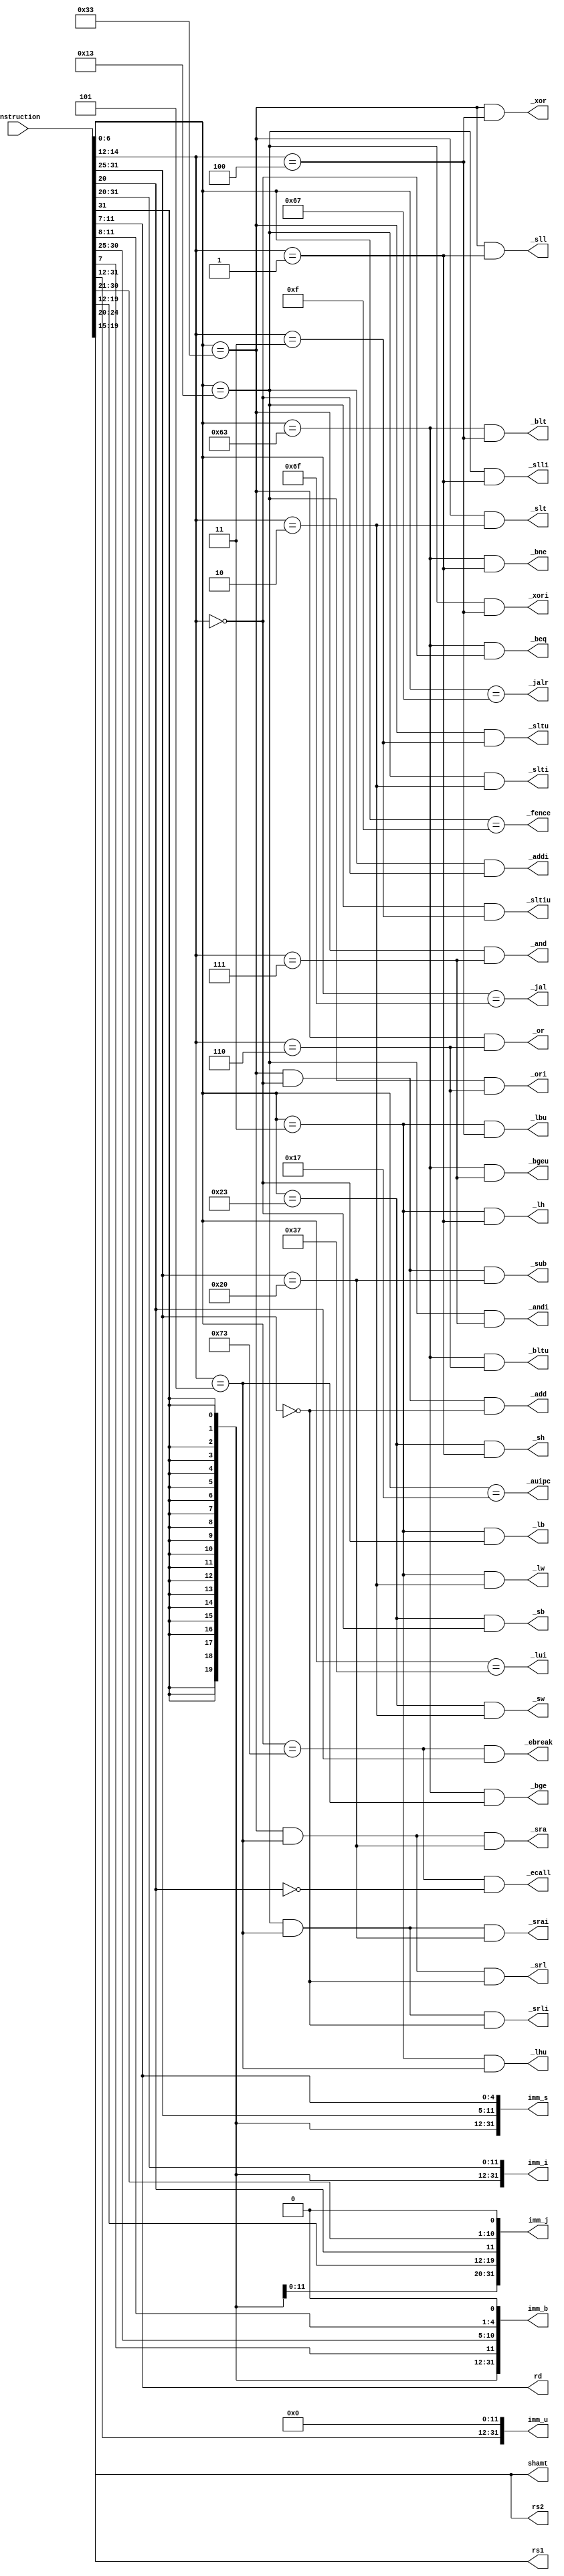
`ifndef __INSTRUCTIONDECODE__
`define __INSTRUCTIONDECODE__

module instructionDecode
(
  input [31:0]    instruction,

  output          _lui,
  output          _auipc,
  output          _jal,
  output          _jalr,
  output          _beq,
  output          _bne,
  output          _blt,
  output          _bge,
  output          _bltu,
  output          _bgeu,
  output          _lb,
  output          _lh,
  output          _lw,
  output          _lbu,
  output          _lhu,
  output          _sb,
  output          _sh,
  output          _sw,
  output          _addi,
  output          _slti,
  output          _sltiu,
  output          _xori,
  output          _ori,
  output          _andi,
  output          _slli,
  output          _srli,
  output          _srai,
  output          _add,
  output          _sub,
  output          _sll,
  output          _slt,
  output          _sltu,
  output          _xor,
  output          _srl,
  output          _sra,
  output          _or,
  output          _and,
  output          _fence,
  output          _ecall,
  output          _ebreak,

  output [31:0]   imm_i,
  output [31:0]   imm_s,
  output [31:0]   imm_b,
  output [31:0]   imm_u,
  output [31:0]   imm_j,

  output [4:0]    shamt,

  output [4:0]    rs2,
  output [4:0]    rs1,
  output [4:0]    rd
);

  wire [6:0] opcode = instruction[6:0];
  wire [6:0] funct7 = instruction[31:25];
  wire [2:0] funct3 = instruction[14:12];

  assign _lui   = (opcode == 7'b0110111);
  assign _auipc = (opcode == 7'b0010111);
  assign _jal   = (opcode == 7'b1101111);
  assign _jalr  = (opcode == 7'b1100111);
  assign _beq   = (opcode == 7'b1100011 && funct3 == 3'b000);
  assign _bne   = (opcode == 7'b1100011 && funct3 == 3'b001);
  assign _blt   = (opcode == 7'b1100011 && funct3 == 3'b100);
  assign _bge   = (opcode == 7'b1100011 && funct3 == 3'b101);
  assign _bltu  = (opcode == 7'b1100011 && funct3 == 3'b110);
  assign _bgeu  = (opcode == 7'b1100011 && funct3 == 3'b111);
  assign _lb    = (opcode == 7'b0000011 && funct3 == 3'b000);
  assign _lh    = (opcode == 7'b0000011 && funct3 == 3'b001);
  assign _lw    = (opcode == 7'b0000011 && funct3 == 3'b010);
  assign _lbu   = (opcode == 7'b0000011 && funct3 == 3'b100);
  assign _lhu   = (opcode == 7'b0000011 && funct3 == 3'b101);
  assign _sb    = (opcode == 7'b0100011 && funct3 == 3'b000);
  assign _sh    = (opcode == 7'b0100011 && funct3 == 3'b001);
  assign _sw    = (opcode == 7'b0100011 && funct3 == 3'b010);
  assign _addi  = (opcode == 7'b0010011 && funct3 == 3'b000);
  assign _slti  = (opcode == 7'b0010011 && funct3 == 3'b010);
  assign _sltiu = (opcode == 7'b0010011 && funct3 == 3'b011);
  assign _xori  = (opcode == 7'b0010011 && funct3 == 3'b100);
  assign _ori   = (opcode == 7'b0010011 && funct3 == 3'b110);
  assign _andi  = (opcode == 7'b0010011 && funct3 == 3'b111);
  assign _slli  = (opcode == 7'b0010011 && funct3 == 3'b001);
  assign _srli  = (opcode == 7'b0010011 && funct3 == 3'b101 && funct7 == 7'b0000000);
  assign _srai  = (opcode == 7'b0010011 && funct3 == 3'b101 && funct7 == 7'b0100000);
  assign _add   = (opcode == 7'b0110011 && funct3 == 3'b000 && funct7 == 7'b0000000);
  assign _sub   = (opcode == 7'b0110011 && funct3 == 3'b000 && funct7 == 7'b0100000);
  assign _sll   = (opcode == 7'b0110011 && funct3 == 3'b001);
  assign _slt   = (opcode == 7'b0110011 && funct3 == 3'b010);
  assign _sltu  = (opcode == 7'b0110011 && funct3 == 3'b011);
  assign _xor   = (opcode == 7'b0110011 && funct3 == 3'b100);
  assign _srl   = (opcode == 7'b0110011 && funct3 == 3'b101 && funct7 == 7'b0000000);
  assign _sra   = (opcode == 7'b0110011 && funct3 == 3'b101 && funct7 == 7'b0100000);
  assign _or    = (opcode == 7'b0110011 && funct3 == 3'b110);
  assign _and   = (opcode == 7'b0110011 && funct3 == 3'b111);
  assign _fence = (opcode == 7'b0001111);
  assign _ecall = (opcode == 7'b1110011 && instruction[20] == 1'b0);
  assign _ebreak = (opcode == 7'b1110011 && instruction[20] == 1'b1);

  assign imm_i = {{21{instruction[31]}}, instruction[30:20]};
  assign imm_s = {{21{instruction[31]}}, instruction[30:25], instruction[11:7]};
  assign imm_b = {{20{instruction[31]}}, instruction[7], instruction[30:25], instruction[11:8], 1'b0};
  assign imm_u = {instruction[31:12], 12'b000000000000};
  assign imm_j = {{12{instruction[31]}}, instruction[19:12], instruction[20], instruction[30:21], 1'b0};

  assign shamt = instruction[24:20];

  assign rs2 = instruction[24:20];
  assign rs1 = instruction[19:15];
  assign rd = instruction[11:7];

endmodule

`endif